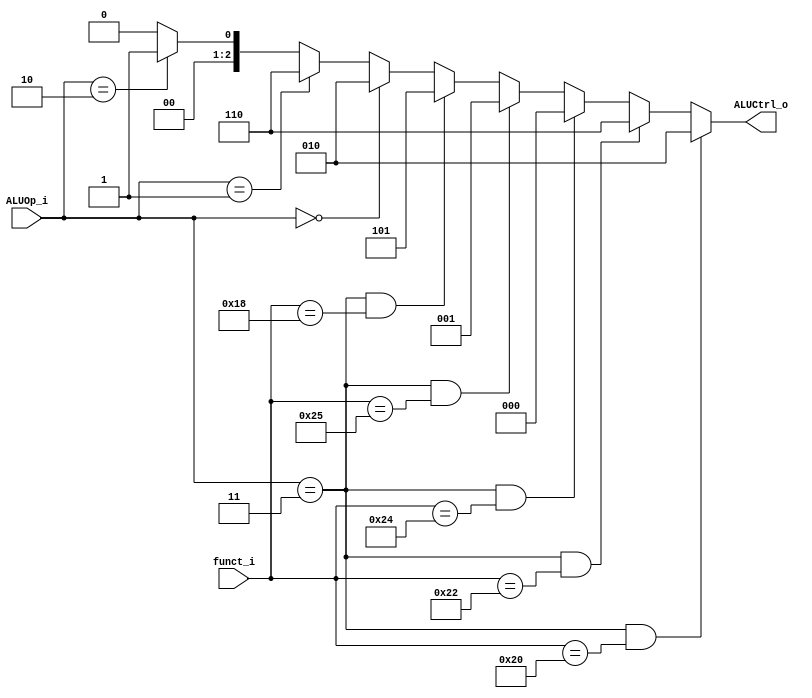
module ALU_Control(
    funct_i,
    ALUOp_i,
    ALUCtrl_o
);

input	[5:0]		funct_i;
input	[1:0]		ALUOp_i;
output	[2:0]		ALUCtrl_o;


assign	ALUCtrl_o = (ALUOp_i == 2'b11 && funct_i == 6'h20)?	3'b010 :	// add
					(ALUOp_i == 2'b11 && funct_i == 6'h22)?	3'b110 :	// sub
					(ALUOp_i == 2'b11 && funct_i == 6'h24)?	3'b000 :	// and
					(ALUOp_i == 2'b11 && funct_i == 6'h25)?	3'b001 :	// or
					(ALUOp_i == 2'b11 && funct_i == 6'h18)?	3'b101 :	// mul
					(ALUOp_i == 2'b00)? 3'b010 :	// addi, lw, sw
					(ALUOp_i == 2'b01)?	3'b110 :	// beq
					(ALUOp_i == 2'b10)?	3'b001 :	// ori
					3'b000;

/*
R-type (Opcode=0x00, ALUOp=11)
Instruction	Opcode			ALUOp		Func_code		ALU_ctrl
add			000000(0x00)	11(Rtype)	100000(0x20)	010
sub			000000(0x00)	11(Rtype)	100010(0x22)	110
and			000000(0x00)	11(Rtype)	100100(0x24)	000
or			000000(0x00)	11(Rtype)	100101(0x25)	001
mul			000000(0x00)	11(Rtype)	011000(0x18)	101(Self_defined)
I-type (no Func_code)
Instruction	Opcode			ALUOp		Func_code		ALU_ctrl
addi		001000(0x08)	00(add)		X				010
lw			100011(0x23)	00(add)		X				010
sw			101011(0x2B)	00(add)		X				010
beq			000100(0x04)	01(sub)		X				110
ori			001101(0x0D)	10(or)		X				001
jump		000010(0x02)	X			X				X
Reference: 	https://en.wikibooks.org/wiki/MIPS_Assembly/Instruction_Formats
*/

endmodule